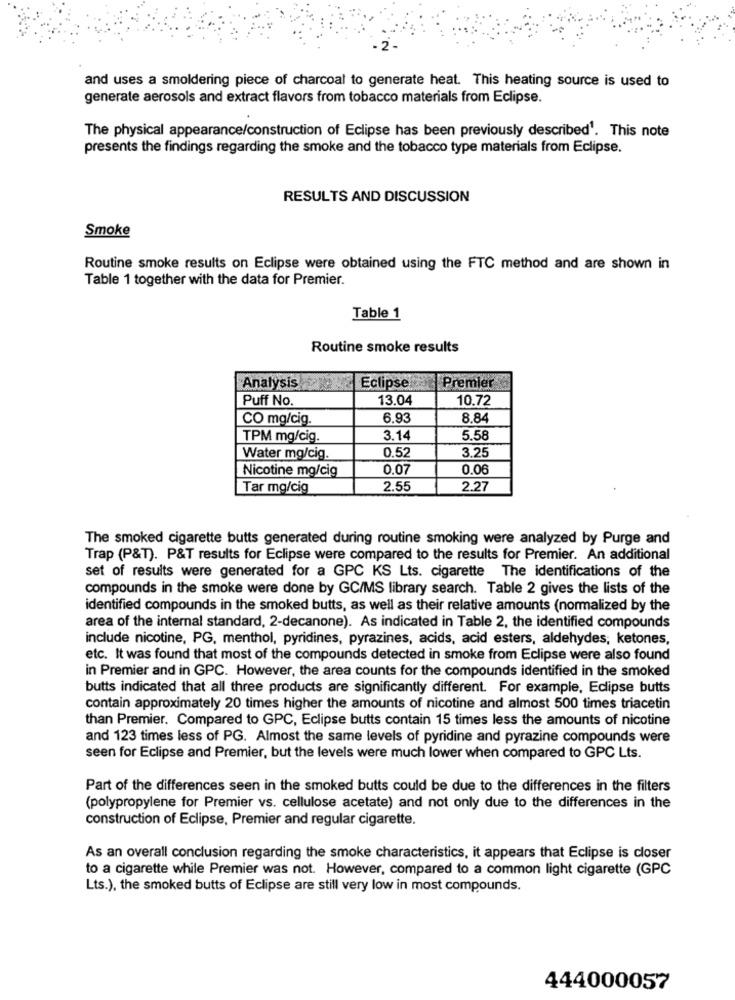
and uses a smoldering piece of charcoal to generate heat. This heating source is used to
generate aerosols and extract flavors from tobacco materials from Eclipse.
The physical appearance/construction of Eclipse has been previously described1. This note
presents the findings regarding the smoke and the tobacco type materials from Eclipse.
RESULTS AND DISCUSSION
Smoke
Routine smoke results on Eclipse were obtained using the FTC method and are shown in
Table 1 together with the data for Premier.
Table 1
Routine smoke results
Premier
Analysis
Eclipse!
Puff No.
13.04
10.72
CO mg/cig.
6,93
8.84
TPM mg/cig.
3.14
5.58
0.52
3.25
Water mg/cig.
Nicotine mg/cig
0.07
0.06
Tar mg/cig
2.55
2.27
The smoked cigarette butts generated during routine smoking were analyzed by Purge and
Trap (P&T). P&T results for Eclipse were compared to the results for Premier. An additional
set of results were generated for a GPC KS Lts. cigarette The identifications of the
compounds in the smoke were done by GC/MS library search. Table 2 gives the lists of the
identified compounds in the smoked butts, as well as their relative amounts (normalized by the
area of the internal standard, 2-decanone). As indicated in Table 2, the identified compounds
include nicotine, PG, menthol, pyridines, pyrazines, acids, acid esters, aldehydes, ketones,
etc. It was found that most of the compounds detected in smoke from Eclipse were also found
in Premier and in GPC. However, the area counts for the compounds identified in the smoked
butts indicated that all three products are significantly different. For example, Eclipse butts
contain approximately 20 times higher the amounts of nicotine and almost 500 times triacetin
than Premier. Compared to GPC, Eclipse butts contain 15 times less the amounts of nicotine
and 123 times less of PG. Almost the same levels of pyridine and pyrazine compounds were
seen for Eclipse and Premier, but the levels were much lower when compared to GPC Lts.
Part of the differences seen in the smoked butts could be due to the differences in the filters
(polypropylene for Premier vs. cellulose acetate) and not only due to the differences in the
construction of Eclipse, Premier and regular cigarette.
As an overall conclusion regarding the smoke characteristics, it appears that Eclipse is closer
to a cigarette while Premier was not. However, compared to a common light cigarette (GPC
Lts.), the smoked butts of Eclipse are still very low in most compounds.
444000057